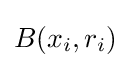
B(x_{i},r_{i})